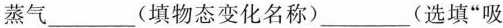
蒸气___（填物态变化名称)___（选填”吸